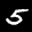
Label: 5